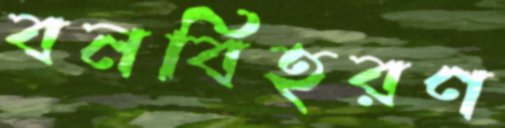
বনবিহরণ